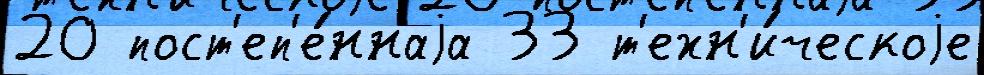
20 пост'еп'е́ннаjа 33 т'ехн'и́ческоjе